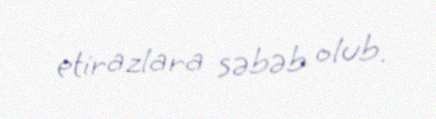
etirazlara səbəb olub.